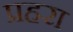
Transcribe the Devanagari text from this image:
प्रहरा